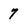
Character: 7